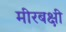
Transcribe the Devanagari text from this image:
मीरबक्षी